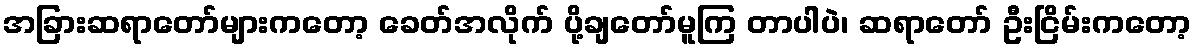
အခြားဆရာတော်များကတော့ ခေတ်အလိုက် ပို့ချတော်မူကြ တာပါပဲ၊ ဆရာတော် ဦးငြိမ်းကတော့